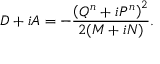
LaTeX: D + i A = - \frac { \left( Q ^ { n } + i P ^ { n } \right) ^ { 2 } } { 2 ( M + i N ) } .